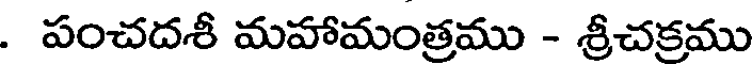
. పంచదశీ మహామంత్రము - శ్రీచక్రము